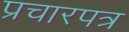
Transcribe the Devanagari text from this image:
प्रचारपत्र